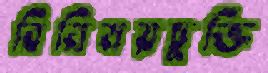
বিনিময়চুক্তি